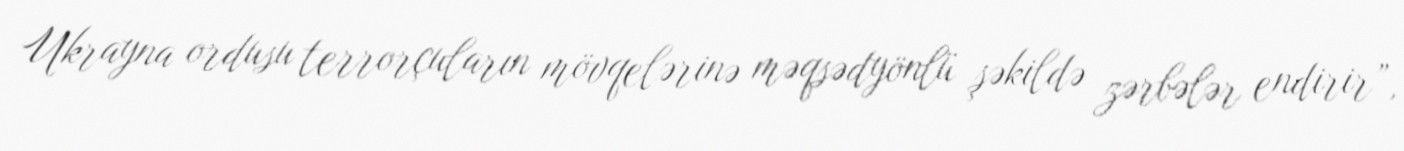
Ukrayna ordusu terrorçuların mövqelərinə məqsədyönlü şəkildə zərbələr endirir”,